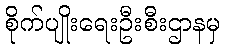
စိုက်ပျိုးရေးဦးစီးဌာနမှ